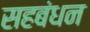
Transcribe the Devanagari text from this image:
सहबंधन